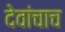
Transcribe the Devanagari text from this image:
देवांचाच